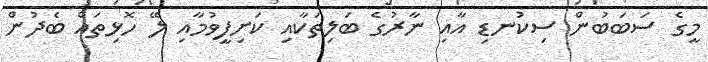
މީގެ ސަބަބުން ސިކުނޑި އާއި ނާރުގެ ބަލިތަކާއި ކަށިފީވުމާއި ލޭ ހޮޅިތައް ބެދުން